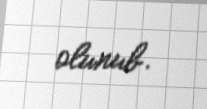
olunub.